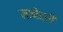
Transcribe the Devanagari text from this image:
मानेटरी